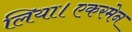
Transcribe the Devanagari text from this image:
लिया।एकरमेन